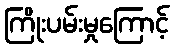
ကြိုးပမ်းမှုကြောင့်